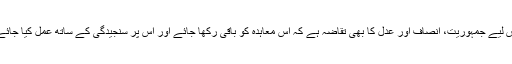
اس لیے جمہوریت، انصاف اور عدل کا بھی تقاضہ ہے کہ اس معاہدہ کو باقی رکھا جائے اور اس پر سنجیدگی کے ساتھ عمل کیا جائے۔